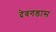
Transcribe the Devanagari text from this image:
देवगडास